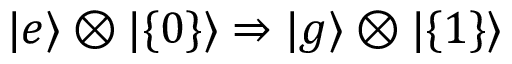
| e \rangle \otimes | \{ 0 \} \rangle \Rightarrow | g \rangle \otimes | \{ 1 \} \rangle